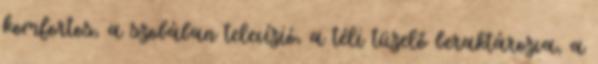
komfortos, a szobában televízió, a téli tüzelő beraktározva, a